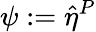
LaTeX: \psi:=\hat{\eta}^{P}